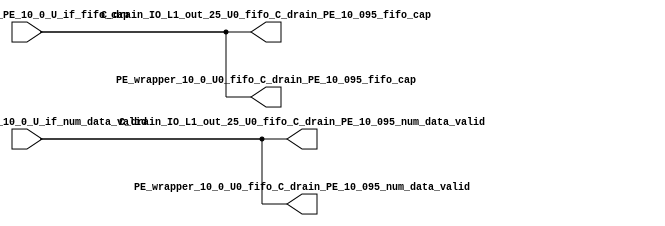
// ==================================================
// RTL generated by RapidStream
//
// Copyright 2024 RapidStream Design Automation, Inc.
// All Rights Reserved.
// ==================================================
`timescale 1 ns / 1 ps
module __rs_kernel3_aux_split_aux_51 #(
    parameter C_S_AXI_CONTROL_DATA_WIDTH  = 32,
    parameter C_S_AXI_CONTROL_ADDR_WIDTH  = 6,
    parameter C_S_AXI_DATA_WIDTH          = 32,
    parameter C_M_AXI_GMEM_A_ID_WIDTH     = 1,
    parameter C_M_AXI_GMEM_A_ADDR_WIDTH   = 64,
    parameter C_M_AXI_GMEM_A_DATA_WIDTH   = 512,
    parameter C_M_AXI_GMEM_A_AWUSER_WIDTH = 1,
    parameter C_M_AXI_GMEM_A_ARUSER_WIDTH = 1,
    parameter C_M_AXI_GMEM_A_WUSER_WIDTH  = 1,
    parameter C_M_AXI_GMEM_A_RUSER_WIDTH  = 1,
    parameter C_M_AXI_GMEM_A_BUSER_WIDTH  = 1,
    parameter C_M_AXI_GMEM_A_USER_VALUE   = 0,
    parameter C_M_AXI_GMEM_A_PROT_VALUE   = 0,
    parameter C_M_AXI_GMEM_A_CACHE_VALUE  = 3,
    parameter C_M_AXI_DATA_WIDTH          = 32,
    parameter C_M_AXI_GMEM_B_ID_WIDTH     = 1,
    parameter C_M_AXI_GMEM_B_ADDR_WIDTH   = 64,
    parameter C_M_AXI_GMEM_B_DATA_WIDTH   = 512,
    parameter C_M_AXI_GMEM_B_AWUSER_WIDTH = 1,
    parameter C_M_AXI_GMEM_B_ARUSER_WIDTH = 1,
    parameter C_M_AXI_GMEM_B_WUSER_WIDTH  = 1,
    parameter C_M_AXI_GMEM_B_RUSER_WIDTH  = 1,
    parameter C_M_AXI_GMEM_B_BUSER_WIDTH  = 1,
    parameter C_M_AXI_GMEM_B_USER_VALUE   = 0,
    parameter C_M_AXI_GMEM_B_PROT_VALUE   = 0,
    parameter C_M_AXI_GMEM_B_CACHE_VALUE  = 3,
    parameter C_M_AXI_GMEM_C_ID_WIDTH     = 1,
    parameter C_M_AXI_GMEM_C_ADDR_WIDTH   = 64,
    parameter C_M_AXI_GMEM_C_DATA_WIDTH   = 512,
    parameter C_M_AXI_GMEM_C_AWUSER_WIDTH = 1,
    parameter C_M_AXI_GMEM_C_ARUSER_WIDTH = 1,
    parameter C_M_AXI_GMEM_C_WUSER_WIDTH  = 1,
    parameter C_M_AXI_GMEM_C_RUSER_WIDTH  = 1,
    parameter C_M_AXI_GMEM_C_BUSER_WIDTH  = 1,
    parameter C_M_AXI_GMEM_C_USER_VALUE   = 0,
    parameter C_M_AXI_GMEM_C_PROT_VALUE   = 0,
    parameter C_M_AXI_GMEM_C_CACHE_VALUE  = 3,
    parameter C_S_AXI_CONTROL_WSTRB_WIDTH = 4,
    parameter C_S_AXI_WSTRB_WIDTH         = 4,
    parameter C_M_AXI_GMEM_A_WSTRB_WIDTH  = 64,
    parameter C_M_AXI_WSTRB_WIDTH         = 4,
    parameter C_M_AXI_GMEM_B_WSTRB_WIDTH  = 64,
    parameter C_M_AXI_GMEM_C_WSTRB_WIDTH  = 64
) (
    output wire [1:0] C_drain_IO_L1_out_25_U0_fifo_C_drain_PE_10_095_fifo_cap,
    output wire [1:0] C_drain_IO_L1_out_25_U0_fifo_C_drain_PE_10_095_num_data_valid,
    output wire [1:0] PE_wrapper_10_0_U0_fifo_C_drain_PE_10_095_fifo_cap,
    output wire [1:0] PE_wrapper_10_0_U0_fifo_C_drain_PE_10_095_num_data_valid,
    input wire  [1:0] fifo_C_drain_PE_10_0_U_if_fifo_cap,
    input wire  [1:0] fifo_C_drain_PE_10_0_U_if_num_data_valid
);
assign C_drain_IO_L1_out_25_U0_fifo_C_drain_PE_10_095_fifo_cap = fifo_C_drain_PE_10_0_U_if_fifo_cap;
assign C_drain_IO_L1_out_25_U0_fifo_C_drain_PE_10_095_num_data_valid = fifo_C_drain_PE_10_0_U_if_num_data_valid;
assign PE_wrapper_10_0_U0_fifo_C_drain_PE_10_095_fifo_cap = fifo_C_drain_PE_10_0_U_if_fifo_cap;
assign PE_wrapper_10_0_U0_fifo_C_drain_PE_10_095_num_data_valid = fifo_C_drain_PE_10_0_U_if_num_data_valid;
endmodule